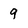
Character: 9